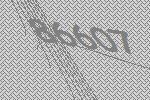
86607